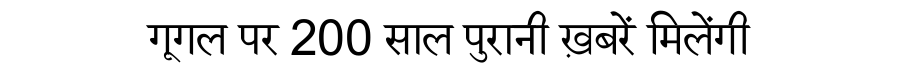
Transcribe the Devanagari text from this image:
गूगल पर 200 साल पुरानी ख़बरें मिलेंगी